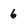
Character: 6